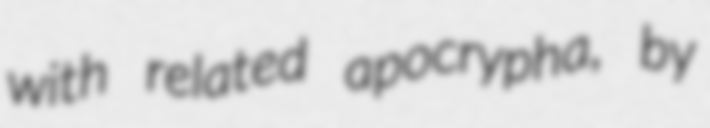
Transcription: with related apocrypha, by